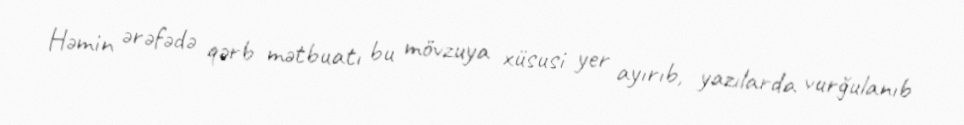
Həmin ərəfədə qərb mətbuatı bu mövzuya xüsusi yer ayırıb, yazılarda vurğulanıb